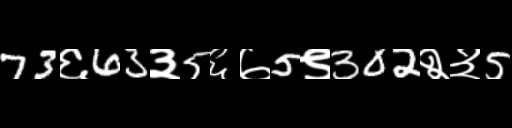
Text: 73६63३5६७5९302२३5